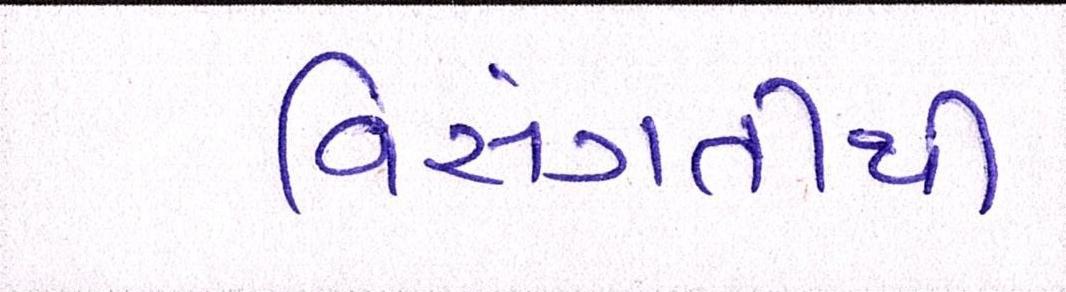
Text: વિસંગતીથી